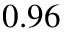
0 . 9 6